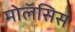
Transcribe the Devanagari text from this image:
मोलॅसिस